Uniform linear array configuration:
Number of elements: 48
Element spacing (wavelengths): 0.5
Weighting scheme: kaiser
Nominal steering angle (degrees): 45
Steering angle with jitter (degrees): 45.474
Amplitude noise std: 0.05
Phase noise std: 0.05

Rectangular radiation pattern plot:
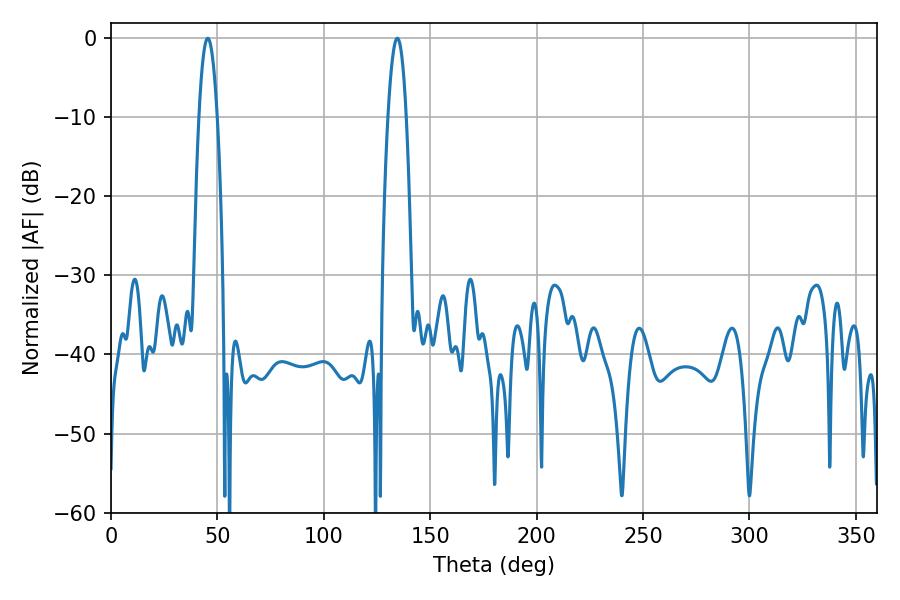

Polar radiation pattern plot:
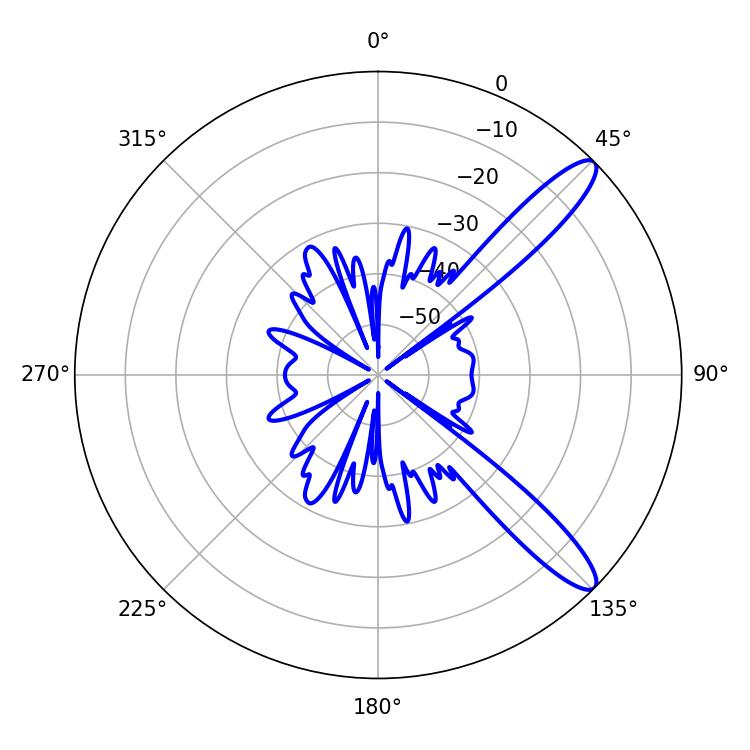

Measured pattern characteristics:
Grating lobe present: FALSE
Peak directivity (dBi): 11.956
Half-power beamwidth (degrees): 4.68
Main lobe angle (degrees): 45.54